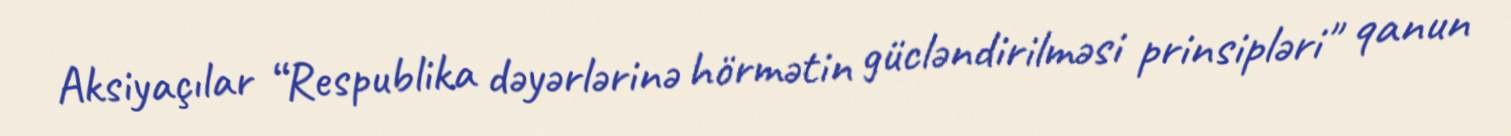
Aksiyaçılar “Respublika dəyərlərinə hörmətin gücləndirilməsi prinsipləri" qanun